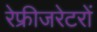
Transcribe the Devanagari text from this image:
रेफ्रीजरेटरों